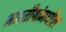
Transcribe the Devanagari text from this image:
भारतीयांमधील